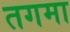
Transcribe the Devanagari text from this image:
तगमा